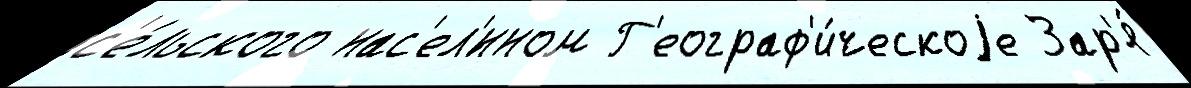
с'е́льского нас'ел'́нном Г'еограф'и́ческоjе Зар'я́